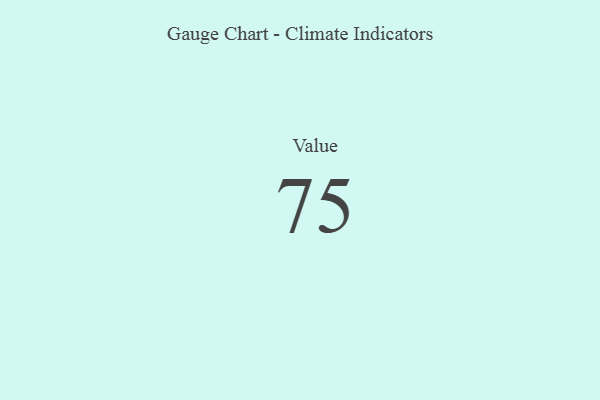
{"axis": {"x": "Metric", "y": "Value"}, "legend": [""], "data": [{"x": "Value", "y": 75, "type": ""}]}